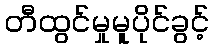
တီထွင်မှုမူပိုင်ခွင့်